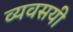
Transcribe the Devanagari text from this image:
व्यवसयी